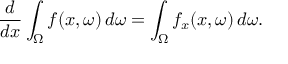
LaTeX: { \frac { d } { d x } } \int _ { \Omega } f ( x , \omega ) \, d \omega = \int _ { \Omega } f _ { x } ( x , \omega ) \, d \omega .